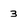
Character: 3